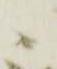
候